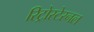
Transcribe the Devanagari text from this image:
रिट्रोस्टेरनल